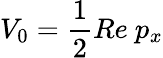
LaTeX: V_{0}=\frac{1}{2}Re\ p_{x}